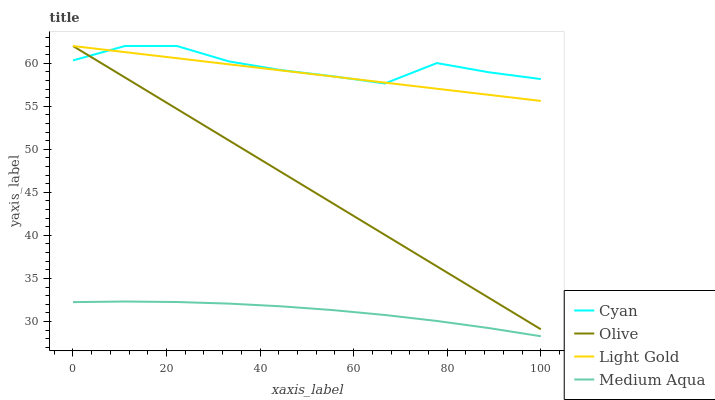
| xaxis_label | Cyan | Olive | Light Gold | Medium Aqua |
 | --- | --- | --- | --- | --- |
 | 0 | 60.3 | 62 | 62 | 32.2 |
 | 11.1 | 62 | 58.3 | 61.3 | 32.3 |
 | 22.2 | 62 | 54.7 | 60.6 | 32.3 |
 | 33.3 | 60.2 | 51 | 59.9 | 32.1 |
 | 44.4 | 59.2 | 47.4 | 59.2 | 31.8 |
 | 55.6 | 58.5 | 43.7 | 58.5 | 31.3 |
 | 66.7 | 57.6 | 40.1 | 57.7 | 30.8 |
 | 77.8 | 60 | 36.4 | 57 | 30.1 |
 | 88.9 | 58.9 | 32.7 | 56.3 | 29.2 |
 | 100 | 58.2 | 29.1 | 55.6 | 28.3 |